system: You are a helpful assistant.
user:
Analyze the provided spectrum to determine if it is a **White Dwarf (WD)**.

A White Dwarf spectrum is defined by its **extreme purity** (due to gravitational settling) and/or **extreme pressure broadening** (due to high surface gravity). You must check for one of the following mutually exclusive signatures:

- **Key Visual Indicators (Check for ONE of these types):**

    - **1. DA-Type Signature (Most Common):**
        - **(Primary Feature):** Extreme pressure broadening (Stark broadening) of the **Hydrogen (H) Balmer lines**.
        - **(Key Lines):** $H\beta$ (approx. $4861$ Å) and $H\gamma$ (approx. $4340$ Å). $H\alpha$ (approx. $6563$ Å) will also be present if the wavelength range covers it.
        - **(Line Profile):** This is the **defining feature**. The lines are **NOT** sharp. They appear as massive, **extremely broad and deep "troughs" or "dips"** in the spectrum, often hundreds of Ångströms wide. The continuum will appear to "scoop" down at these wavelengths.
        - **(Distinction):** Normal A-type or B-type stars have *narrow* and *sharp* Hydrogen lines. A DA White Dwarf's lines are unmistakably "smeared" or "blurry" from pressure.

    - **2. DB-Type Signature:**
        - **(Primary Feature):** Broad absorption lines from **Neutral Helium (He I)**. The spectrum must lack any visible Hydrogen lines.
        - **(Key Lines):** Look for broad absorption near $4471$ Å, $4921$ Å, and $5876$ Å.
        - **(Line Profile):** These lines are also significantly pressure-broadened, appearing much wider than they would in a normal B-type main-sequence star.

    - **3. DC-Type Signature:**
        - **(Primary Feature):** A **featureless continuous spectrum**.
        - **(Line Profile):** The spectrum is a smooth curve with **no significant absorption or emission lines**.
        - **(Key Confirmation):** The continuum is almost always **blue or white**, indicating a hot object. This signature implies the atmosphere is so pure (or so cool) that no spectral lines are visible in the optical range. Its WD identity is confirmed by its extremely low intrinsic brightness (high absolute magnitude).

    - **4. DZ-Type Signature (Metal-Polluted):**
        - **(Primary Feature):** **Isolated, narrow metal absorption lines** on an otherwise featureless (DC-like) continuum.
        - **(Key Lines):** The **Calcium (Ca II) H & K doublet** (approx. **$3934$ Å** and **$3968$ Å**) is the most common and defining feature.
        - **(Line Profile):** These lines are "out of place." They are *not* part of a "forest" of thousands of lines. This signature is evidence of recent *accretion* (pollution) from rocky debris.
        - **(Distinction):** Normal G/K/M stars have a *dense forest* of thousands of metal lines. A DZ has a *clean* continuum with *only a few* strong metal lines.

    - **5. DQ-Type Signature (Carbon-Polluted):**
        - **(Primary Feature):** Absorption bands from **Carbon (C₂ "Swan Bands" or atomic C I)**.
        - **(Key Lines - C₂):** Look for bandheads with a "saw-tooth" shape near $5635$ Å, **$5165$ Å** (strongest), and $4737$ Å.
        - **(Key Confirmation):** The underlying **continuum must be blue or white** (hot).
        - **(Distinction):** This is the critical difference from a **Carbon Star**, which has the *exact same* C₂ bands but on an extremely **red, cool** continuum.

- **(Overall Spectrum):**
    - The continuum (overall shape) is typically **blue-sloping** (brighter in the blue than the red), as most white dwarfs are very hot.
    - The spectrum will look "pure" or "simple," dominated by only *one* of the five signatures listed above.

Think first, call **spectral_visualization_tool** if needed to examine features in detail, then provide your final answer. Your response must adhere to the following strict rules:
1.  **Overall Structure:** Your response must follow the format `<think>...</think> <tool_call>...</tool_call> (if a tool is used) <answer>...</answer>`.
2.  **Tool Usage Constraint:** You may only make **one** tool call per turn.
3.  **Final Answer Format:** In the `<answer>` tag, your conclusion must be inside a `\boxed{}` command (e.g., `\boxed{YES}` or `\boxed{NO}`), followed by your justification.

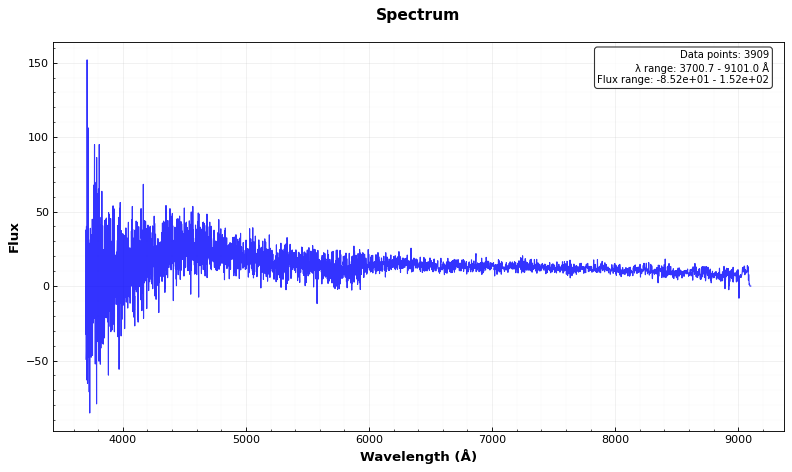
Answer: NO